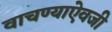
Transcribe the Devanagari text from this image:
वाचण्याऐवजी